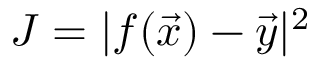
J = | f ( \Vec { x } ) - \Vec { y } | ^ { 2 }